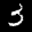
Label: 3